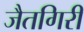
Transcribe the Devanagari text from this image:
जैतगिरी